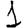
Digit: 1